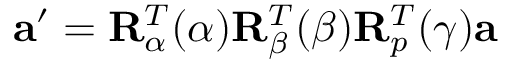
\begin{array} { r } { \mathbf { a } ^ { \prime } = \mathbf { R } _ { \alpha } ^ { T } ( \alpha ) \mathbf { R } _ { \beta } ^ { T } ( \beta ) \mathbf { R } _ { p } ^ { T } ( \gamma ) \mathbf { a } } \end{array}